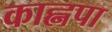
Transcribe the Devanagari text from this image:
काह्नपा